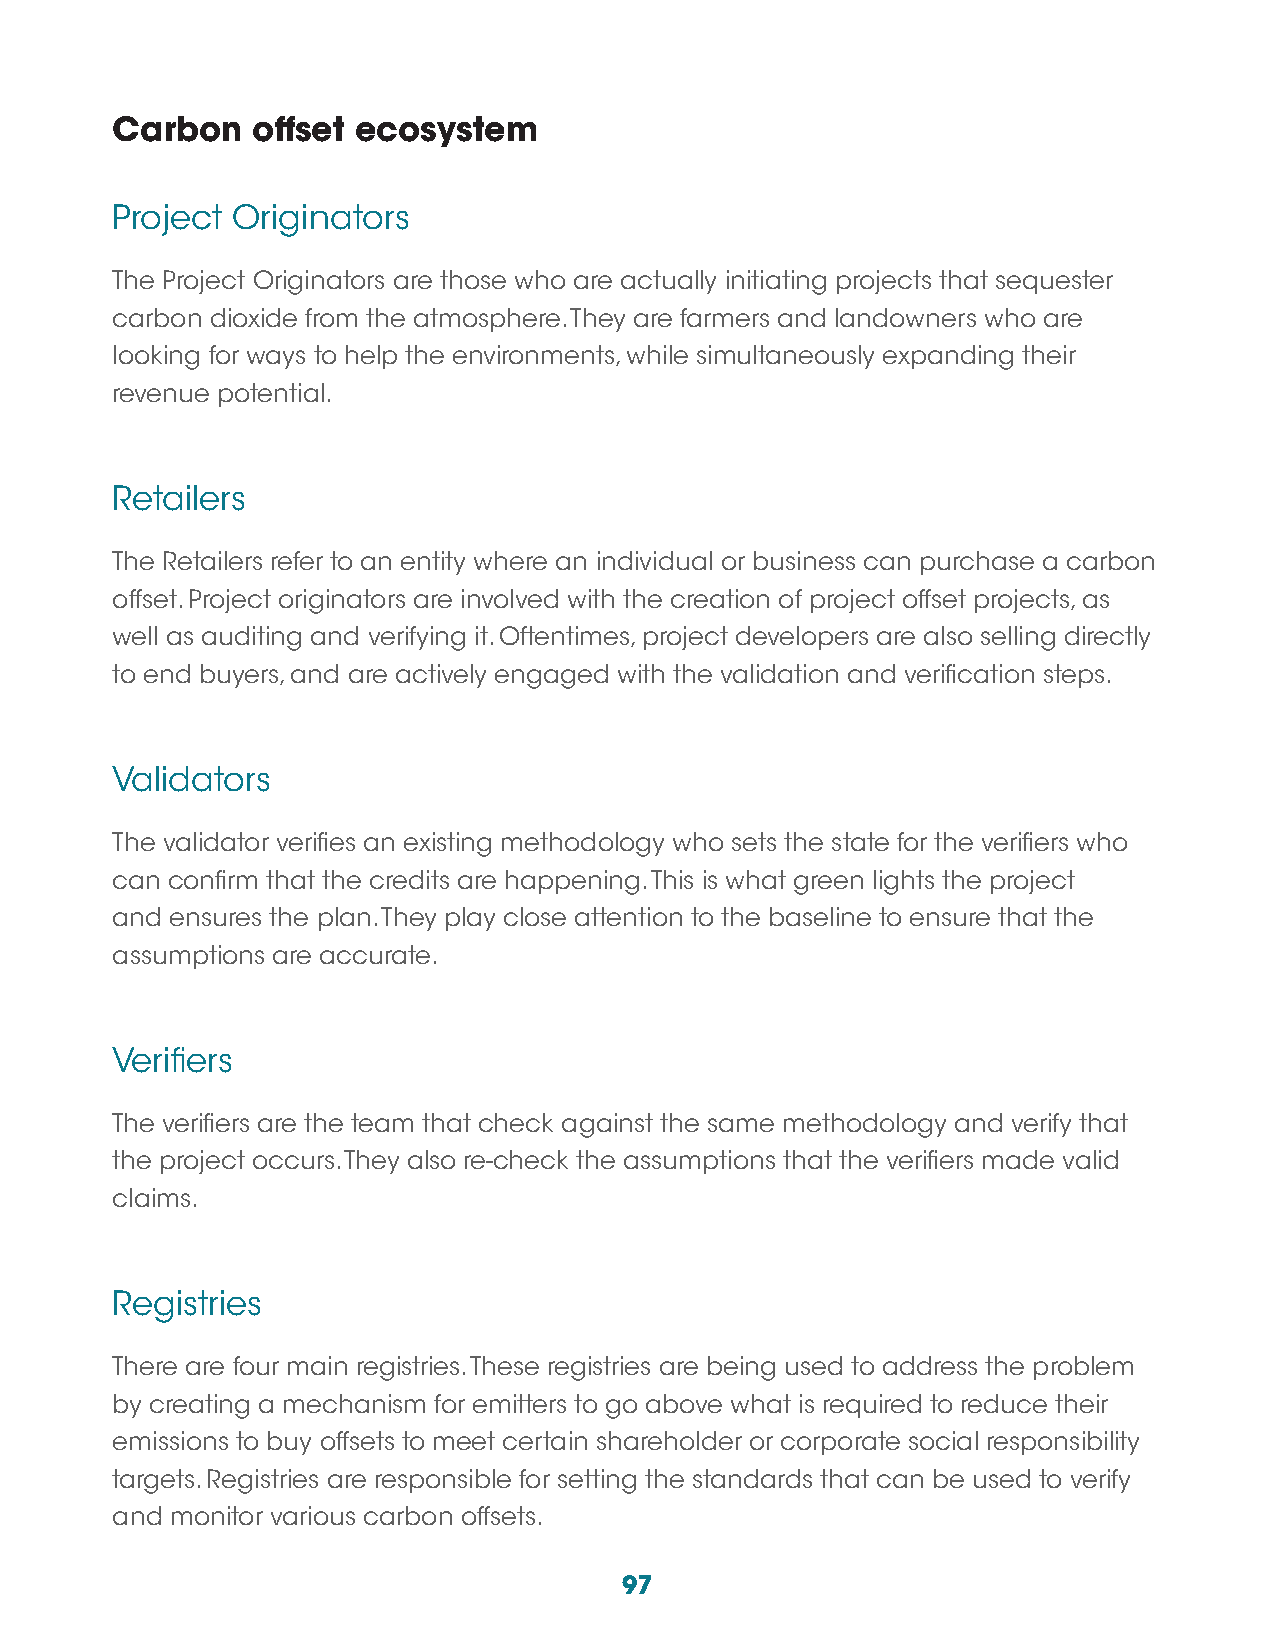
Carbon    offset ecosystem
 Project Originators
 The Project Originators are those who are actually initiating projects that sequester
 carbon dioxide from the atmosphere. They are farmers and landowners who are
 looking for ways to help the environments, while simultaneously expanding their
 revenue potential.
 Retailers
 The Retailers refer to an entity where an individual or business can purchase a carbon
 offset. Project originators are involved with the creation of project offset projects, as
 well as auditing and verifying it. Oftentimes, project developers are also selling directly
 to end buyers, and are actively engaged with the validation and verification steps.
 Validators
 The validator verifies an existing methodology who sets the state for the verifiers who
 can confirm that the credits are happening. This is what green lights the project
 and ensures the plan. They play close attention to the baseline to ensure that the
 assumptions are accurate.
 Verifiers
 The verifiers are the team that check against the same methodology and verify that
 the project occurs. They also re-check the assumptions that the verifiers made valid
 claims.
 Registries
 There are four main registries. These registries are being used to address the problem
 by creating a mechanism for emitters to go above what is required to reduce their
 emissions to buy offsets to meet certain shareholder or corporate social responsibility
 targets. Registries are responsible for setting the standards that can be used to verify
 and monitor various carbon offsets.
 97